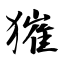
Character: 獕